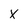
Character: X